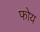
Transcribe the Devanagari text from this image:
फोय